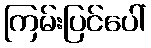
ကြမ်းပြင်ပေါ်